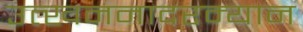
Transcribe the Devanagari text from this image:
उत्खननादरम्यान